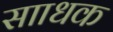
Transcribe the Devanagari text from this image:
सााधक